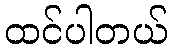
ထင်ပါတယ်